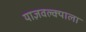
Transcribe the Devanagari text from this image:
याज्ञवल्क्याला